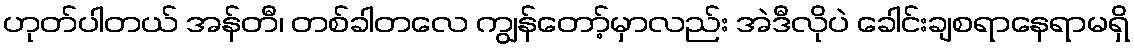
ဟုတ်ပါတယ် အန်တီ၊ တစ်ခါတလေ ကျွန်တော့်မှာလည်း အဲဒီလိုပဲ ခေါင်းချစရာနေရာမရှိ